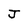
Character: J